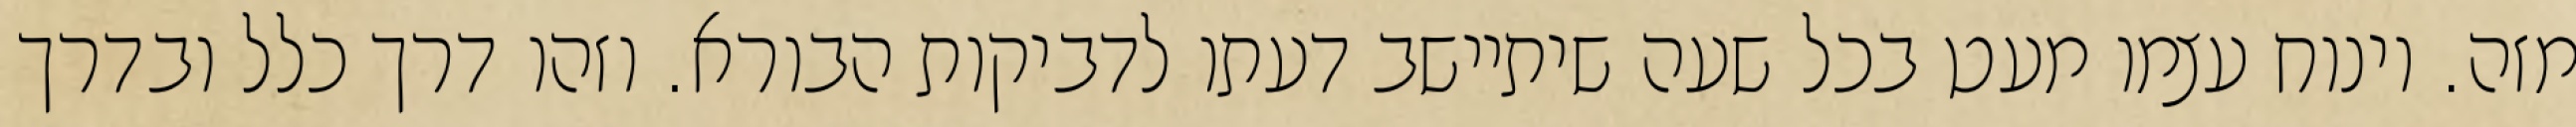
מזה. וינוח עצמו מעט בכל שעה שיתיישב דעתו לדביקות הבורא. וזהו דרך כלל ובדרך